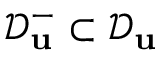
\mathcal { D } _ { \mathbf { u } } ^ { - } \subset \mathcal { D } _ { \mathbf { u } }